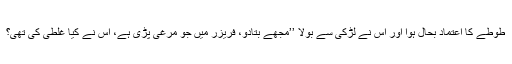
طوطے کا اعتماد بحال ہوا اور اس نے لڑکی سے بولا ’’مجھے بتادو، فریزر میں جو مرغی پڑی ہے، اس نے کیا غلطی کی تھی؟